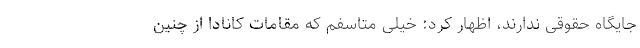
جایگاه حقوقی ندارند، اظهار کرد: خیلی متاسفم که مقامات کانادا از چنین